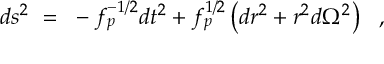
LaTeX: d s ^ { 2 } ~ = ~ - f _ { p } ^ { - 1 / 2 } d t ^ { 2 } + f _ { p } ^ { 1 / 2 } \left( d r ^ { 2 } + r ^ { 2 } d \Omega ^ { 2 } \right) ~ ~ ,